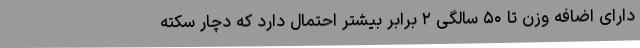
دارای اضافه وزن تا ۵۰ سالگی ۲ برابر بیشتر احتمال دارد که دچار سکته